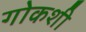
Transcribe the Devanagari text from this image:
गोकशी